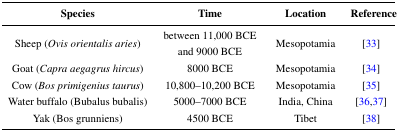
<table><thead><tr><td><b>Species</b></td><td><b>Time</b></td><td><b>Location</b></td><td><b>Reference</b></td></tr></thead><tbody><tr><td>Sheep (<i>Ovis orientalis aries</i>)</td><td>between 11,000 BCE and 9000 BCE</td><td>Mesopotamia</td><td>[33]</td></tr><tr><td>Goat (<i>Capra aegagrus hircus</i>)</td><td>8000 BCE</td><td>Mesopotamia</td><td>[34]</td></tr><tr><td>Cow (<i>Bos primigenius taurus</i>)</td><td>10,800–10,200 BCE</td><td>Mesopotamia</td><td>[35]</td></tr><tr><td>Water buffalo (Bubalus bubalis)</td><td>5000–7000 BCE</td><td>India, China</td><td>[36,37]</td></tr><tr><td>Yak (Bos grunniens)</td><td>4500 BCE</td><td>Tibet</td><td>[38]</td></tr></tbody></table>